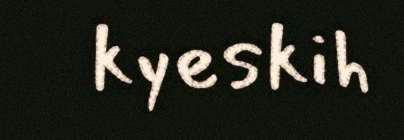
kyeskih